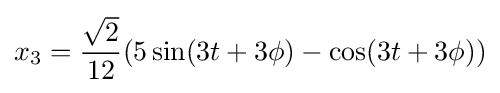
x_{3}={\frac {\sqrt {2}}{12}}(5\sin(3t+3\phi )-\cos(3t+3\phi ))